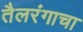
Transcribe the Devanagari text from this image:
तैलरंगाचा